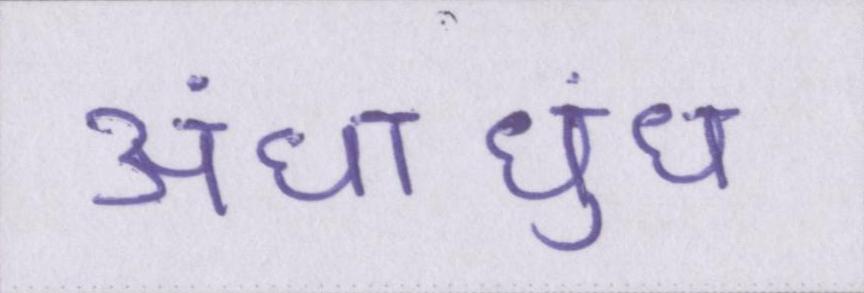
अंधाधुंध